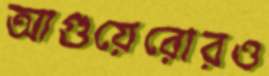
আগুয়েরোরও